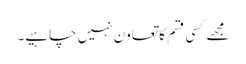
مجھے کسی قسم کا تعاون نہیں چاہیے۔